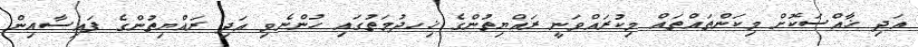
އަދި ޚާއްސަކޮށް މިކަންތައްތައް މިކުރައްވަނީ ރައްޔިތުންގެ ޚިހދުމަތުގައި ހުންނެވި އަދި ރައްޔިތުންގެ ފައިސާއިން